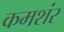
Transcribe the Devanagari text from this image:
कमशंर